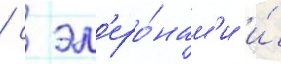
/ с эл'еро́нам'и и́